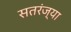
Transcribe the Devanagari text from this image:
सतरंज्या